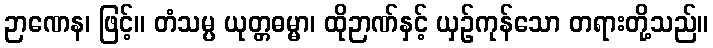
ဉာဏေန၊ ဖြင့်။ တံသမ္ပ ယုတ္တဓမ္မာ၊ ထိုဉာဏ်နှင့် ယှဉ်ကုန်သော တရားတို့သည်။